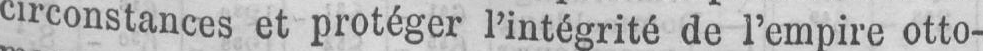
circonstances et protéger l’intégrité de l’empire otto-